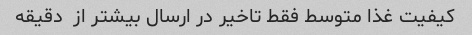
کیفیت غذا متوسط فقط تاخیر در ارسال بیشتر از  دقیقه